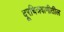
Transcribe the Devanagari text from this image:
दूरचित्रवाणीतील